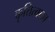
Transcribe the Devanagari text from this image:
कृत्तित्वका